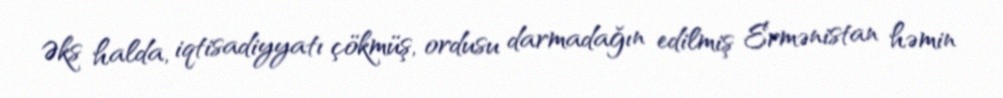
Əks halda, iqtisadiyyatı çökmüş, ordusu darmadağın edilmiş Ermənistan həmin